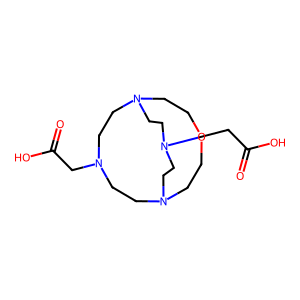
SMILES: O=C(O)CN1CCN2CCOCCN(CC1)CCN(CC(=O)O)CC2
Inhibits HIV replication: No